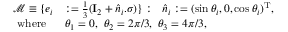
\begin{array} { r l } { \mathcal { M } \equiv \{ e _ { i } } & { : = \frac { 1 } { 3 } ( \mathbf { I } _ { 2 } + \hat { n } _ { i } . \sigma ) \} : ~ ~ \hat { n } _ { i } : = ( \sin \theta _ { i } , 0 , \cos \theta _ { i } ) ^ { \mathrm { T } } , } \\ { \mathrm { w h e r e } ~ ~ } & { \theta _ { 1 } = 0 , ~ \theta _ { 2 } = 2 \pi / 3 , ~ \theta _ { 3 } = 4 \pi / 3 , } \end{array}